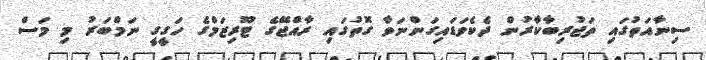
ސިނާއަތުގައި ތަޖުރިބާކާުރުން ދެކެވަޑައިގަންނަވާ ގޮތުގައި ރާއްޖޭގެ ޓޫރިޒަމްގެ ހަގީގީ ނަމްބަރު މި މަސް